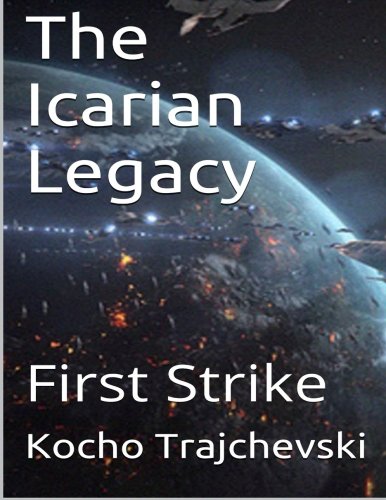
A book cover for The Icarian Legacy: First Strike (Volume 2); Kocho Trajchevski; Science Fiction & Fantasy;